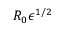
R _ { 0 } { \epsilon } ^ { 1 / 2 }